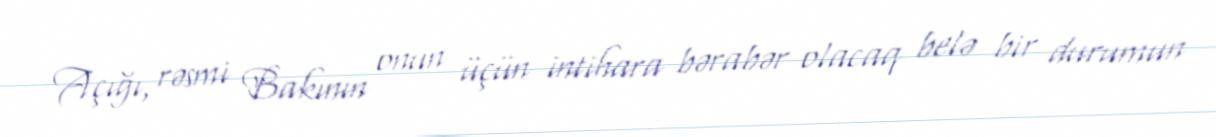
Açığı, rəsmi Bakının onun üçün intihara bərabər olacaq belə bir durumun